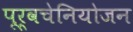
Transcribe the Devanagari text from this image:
पूर्वचेनियोजन